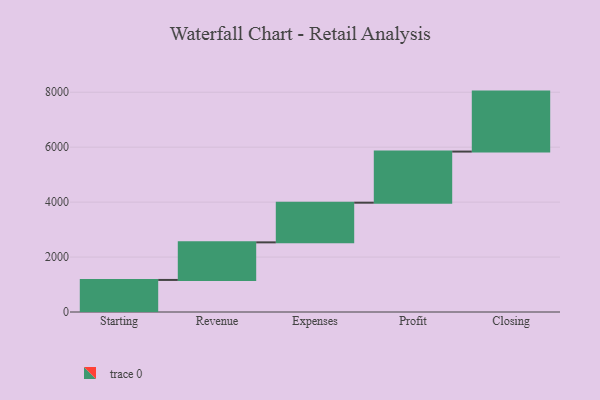
{"axis": {"x": "Step", "y": "Value"}, "legend": [""], "data": [{"x": "Starting", "y": 1167.0, "type": ""}, {"x": "Revenue", "y": 1368.0, "type": ""}, {"x": "Expenses", "y": 1444.0, "type": ""}, {"x": "Profit", "y": 1861.0, "type": ""}, {"x": "Closing", "y": 2183.0, "type": ""}]}